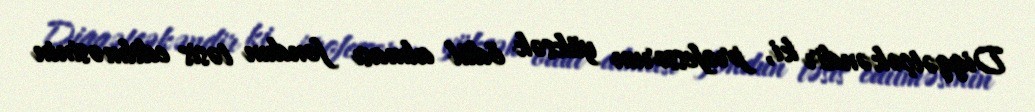
Diqqətçəkəndir ki, professorun yüksək ödül alması fondun təsis edilməsinin